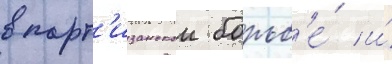
в парт'изанскои борьб'е́ и́